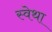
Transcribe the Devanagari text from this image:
स्वेथा